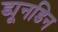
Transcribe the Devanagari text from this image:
ड्यूनडिन